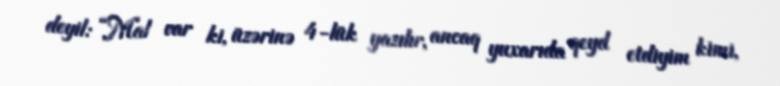
deyil: “Mal var ki, üzərinə 4-lük yazılır, ancaq yuxarıda qeyd etdiyim kimi,